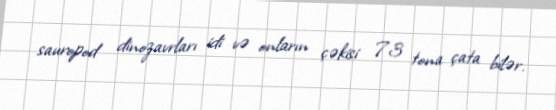
sauropod dinozavrları idi və onların çəkisi 73 tona çata bilər.